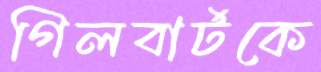
গিলবার্টকে